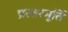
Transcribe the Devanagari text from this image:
प्रस्तरमूर्ति